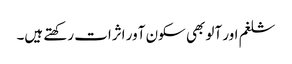
شلغم اور آلو بھی سکون آور اثرات رکھتے ہیں۔